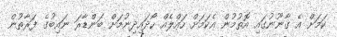
ކަމަށް އެ ގާނޫނުގައި އޮތުމުން އެކަމަށް ހައްލެއް ހޯދައިދިނުމަށް ބަންޑާރަ ނައިބުގެ ފަރާތުން